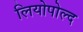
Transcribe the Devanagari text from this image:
लियोपोल्द